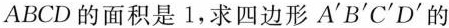
ABCD的面积是1，求四边形A^{\prime}B^{\prime}C^{\prime}D^{\prime}的